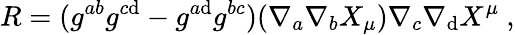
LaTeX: R=(g^{ab}g^{c\mathrm{d}}-g^{a\mathrm{d}}g^{bc})(\nabla_{a}\nabla_{b}X_{\mu})\nabla_{c}\nabla_{\mathrm{d}}X^{\mu}\ ,